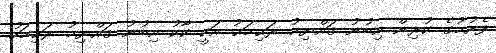
ފެށުމުގެ ކުރިން އިބުނު ޤައްޔިމު ރަޙިމަޙު އަކީ ކާކު އިބުނު ޤައްޔިމު ރަޙިމަހު